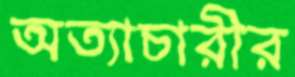
অত্যাচারীর